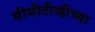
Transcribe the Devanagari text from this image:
सीसीटीव्हीच्या